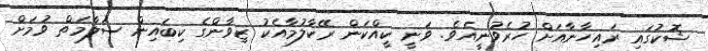
ޝޮކުގައި ރައިހާނާއަށް ހުރެވުނީއެވެ. ވަނީ ކީއްކަން ރޭކާލުމާއެކު ޒިވާންގެ ކިބައިން ސަލާމަތް ވުމަށް